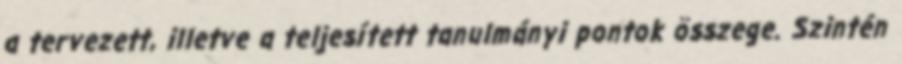
a tervezett, illetve a teljesített tanulmányi pontok összege. Szintén